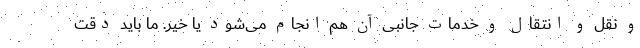
و نقل و انتقال و خدمات جانبی آن هم انجام می‌شود یا خیر. ما باید دقت